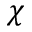
\chi